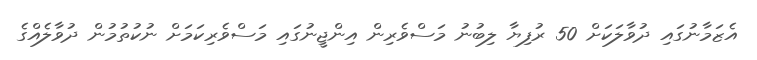
އެޒަމާނުގައި ދުވާލަކަށް 50 ރުފިޔާ ލިބުނު މަސްވެރިން އިންޖީނުގައި މަސްވެރިކަމަށް ނުކުތުމުން ދުވާލެއްގެ